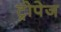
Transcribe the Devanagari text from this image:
ट्रोपेज